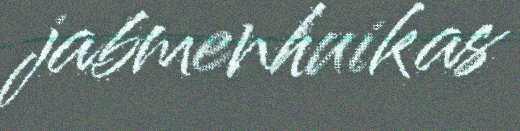
jabmenhuikas